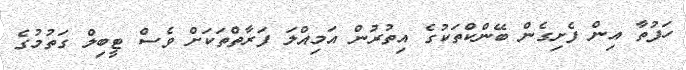
ހަފުތާ އިން ފެށިގެން ބޭންކްތަކުގެ އިތުރުން އަމިއްލަ ފަރާތްތަކަށް ވެސް ޓީބިލް ގަތުމުގެ